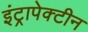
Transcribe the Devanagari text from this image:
इंट्रापेक्टीन